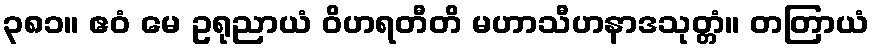
၃၈၁။ ဧဝံ မေ ဥရုညာယံ ဝိဟရတီတိ မဟာသီဟနာဒသုတ္တံ။ တတြာယံ